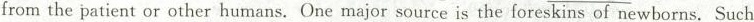
from the patient or other humans. One major source is the foreskins of newborns. Such